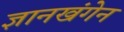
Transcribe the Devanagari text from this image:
ज्ञानखंगेन